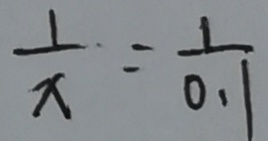
\frac { 1 } { x } = \frac { 1 } { 0 \cdot 1 }